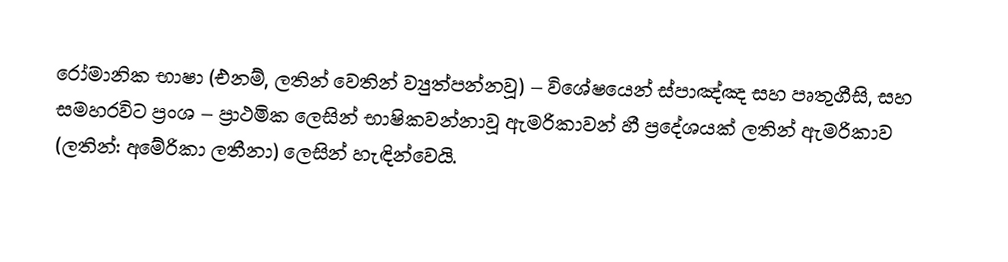
රෝමානික භාෂා (එනම්, ලතින් වෙතින් ව්‍යුත්පන්නවූ) – විශේෂයෙන් ස්පාඤ්ඤ සහ පෘතුගීසි, සහ සමහරවිට ප්‍රංශ – ප්‍රාථමික ලෙසින් භාෂිකවන්නාවූ ඇමරිකාවන් හී ප්‍රදේශයක් ලතින් ඇමරිකාව (ලතින්: අමේරිකා ලතීනා) ලෙසින් හැඳින්වෙයි.